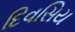
દિવસિય